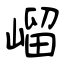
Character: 嵧